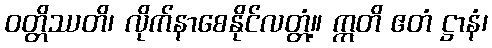
ဝတ္တိဿတိ၊ လိုက်နာစေနိုင်လတ္တံ့။ ဣတိ ဧတံ ဋ္ဌာနံ၊